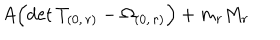
A \Bigl ( \mathrm { d e t } \, T _ { ( 0 , \, r ) } - \Omega _ { ( 0 , \, r ) } \Bigr ) + m _ { r } M _ { r }